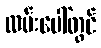
လမ်းပေါ်တွင်